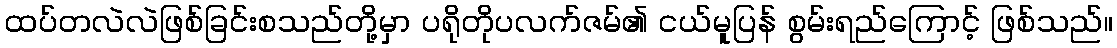
ထပ်တလဲလဲဖြစ်ခြင်းစသည်တို့မှာ ပရိုတိုပလက်ဇမ်၏ ငယ်မူပြန် စွမ်းရည်ကြောင့် ဖြစ်သည်။